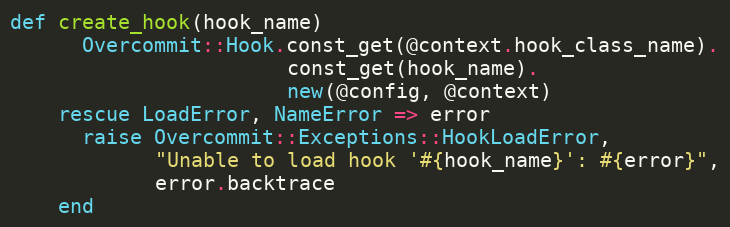
Language: Ruby
def create_hook(hook_name)
      Overcommit::Hook.const_get(@context.hook_class_name).
                       const_get(hook_name).
                       new(@config, @context)
    rescue LoadError, NameError => error
      raise Overcommit::Exceptions::HookLoadError,
            "Unable to load hook '#{hook_name}': #{error}",
            error.backtrace
    end